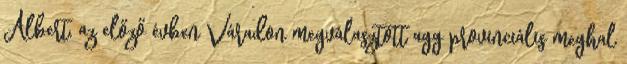
Albert, az előző évben Váradon megválasztott agg provinciális meghal